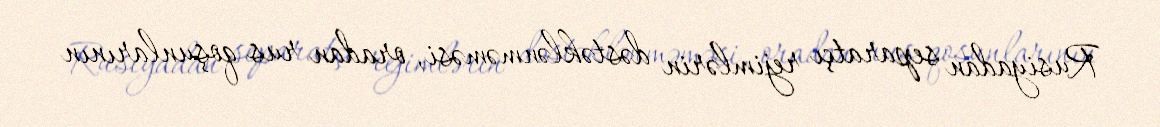
Rusiyadan separatçı rejimlərin dəstəklənməməsi, oradan rus qoşunlarının